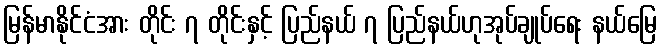
မြန်မာနိုင်ငံအား တိုင်း ၇ တိုင်းနှင့် ပြည်နယ် ၇ ပြည်နယ်ဟုအုပ်ချုပ်ရေး နယ်မြေ